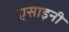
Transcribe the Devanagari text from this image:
एसाइनी